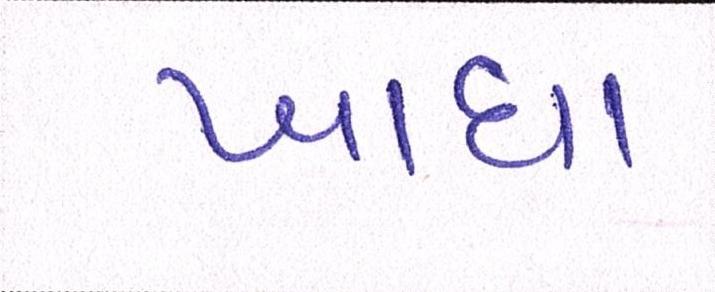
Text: ખાધા